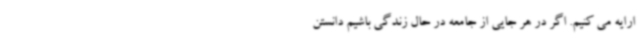
ارایه می کنیم. اگر در هر جایی از جامعه در حال زندگی باشیم دانستن